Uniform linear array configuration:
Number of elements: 48
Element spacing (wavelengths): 0.75
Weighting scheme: cosine
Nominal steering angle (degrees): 0
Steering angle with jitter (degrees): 0.4954
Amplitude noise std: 0.05
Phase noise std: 0.05

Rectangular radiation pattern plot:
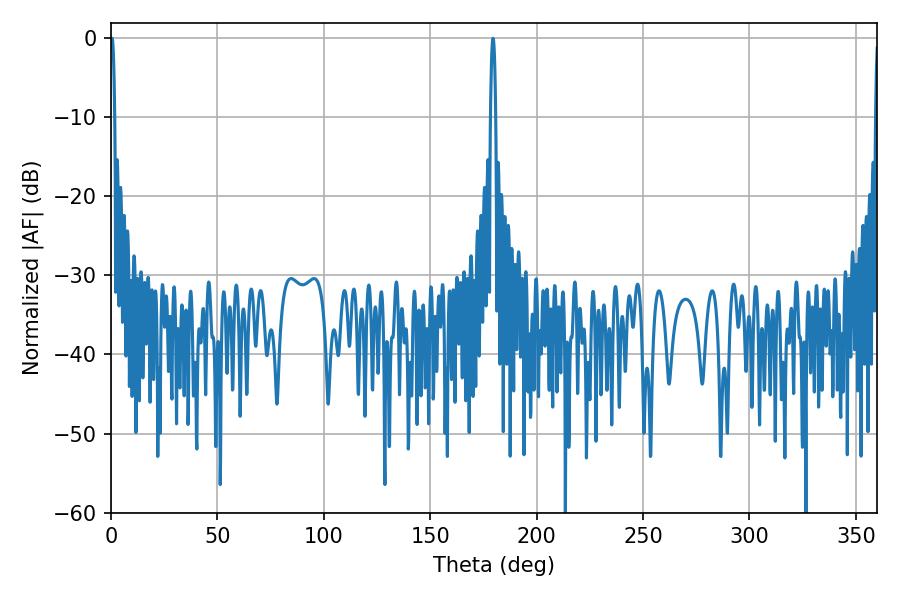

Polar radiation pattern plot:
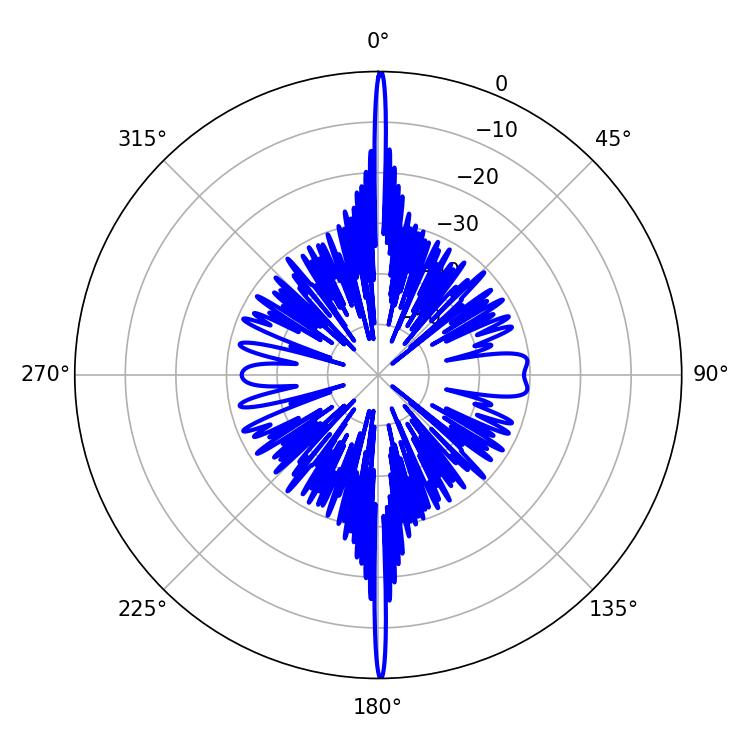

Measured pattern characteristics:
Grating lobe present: TRUE
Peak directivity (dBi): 35.061
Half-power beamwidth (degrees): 1.08
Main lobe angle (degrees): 0.54